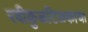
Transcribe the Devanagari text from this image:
रवीकुळटिळकाचा